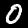
Digit: 0